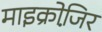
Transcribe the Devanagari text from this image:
माइक्रोजि़र